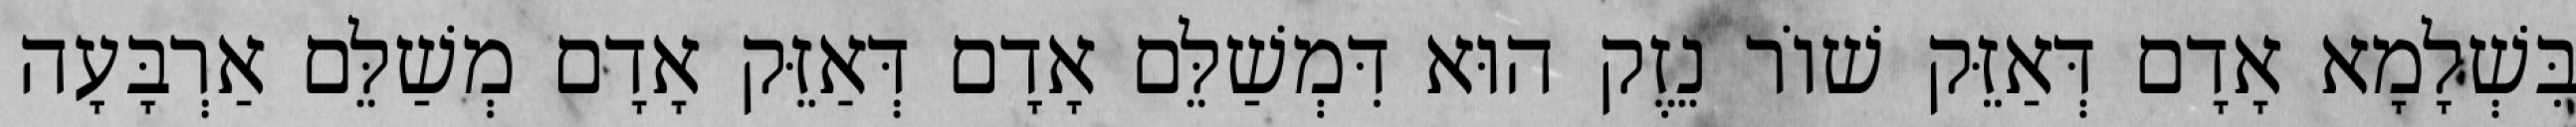
בִּשְׁלָמָא אָדָם דְּאַזֵּק שׁוֹר נֵזֶק הוּא דִּמְשַׁלֵּם אָדָם דְּאַזֵּק אָדָם מְשַׁלֵּם אַרְבָּעָה